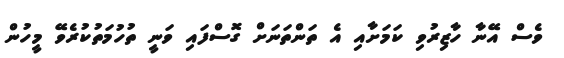
ވެސް އޭނާ ހާޒިރުވި ކަމަށާއި އެ ތަންތަނަށް ގޮސްފައި ވަނީ ތުހުމަތުކުރެވޭ މީހުން